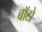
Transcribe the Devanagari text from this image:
बाॅटो